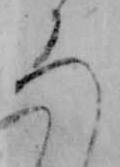
ろ